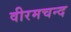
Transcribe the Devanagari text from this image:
वीरमचन्द